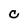
Character: C